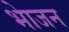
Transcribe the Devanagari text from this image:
भाेजन